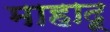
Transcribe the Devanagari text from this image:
माहादू